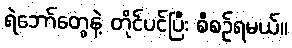
ရဲဘော်တွေနဲ့ တိုင်ပင်ပြီး စီစဉ်ရမယ်။